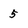
Character: 5